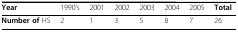
<table><thead><tr><td><b>Year</b></td><td><b>1990&#x27;s</b></td><td><b>2001</b></td><td><b>2002</b></td><td><b>2003</b></td><td><b>2004</b></td><td><b>2005</b></td><td><b>Total</b></td></tr></thead><tbody><tr><td><b>Number of </b>HS</td><td>2</td><td>1</td><td>3</td><td>5</td><td>8</td><td>7</td><td>26</td></tr></tbody></table>